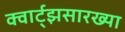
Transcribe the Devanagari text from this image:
क्वार्ट्‌झसारख्या